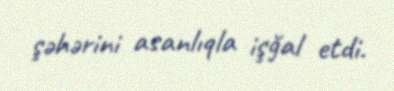
şəhərini asanlıqla işğal etdi.